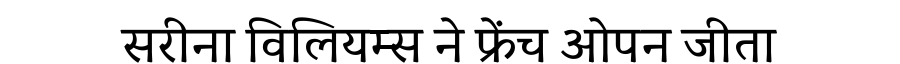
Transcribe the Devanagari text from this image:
सरीना विलियम्स ने फ्रेंच ओपन जीता